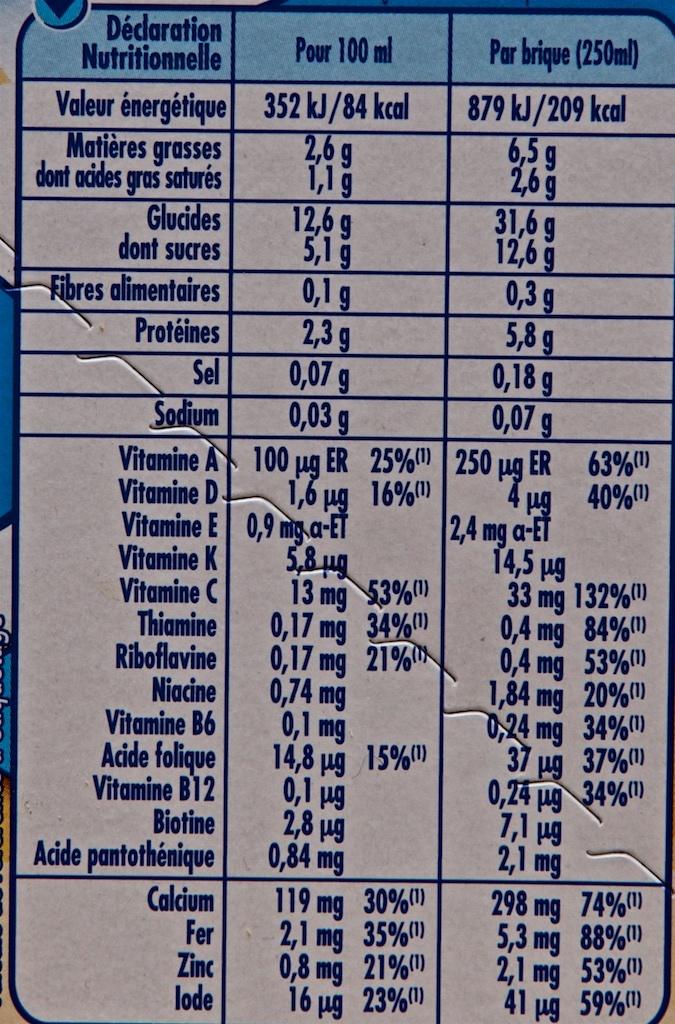
Déclaration Nutritionnelle
Valeur énergétique
Matières grasses dont acides gras saturés
Glucides
dont sucres
Fibres alimentaires
Protéines
Sel
Sodium
Vitamine A
Pour 100 ml
Thiamine
Riboflavine
Niacine
Vitamine B6
Acide folique
Vitamine B12
Biotine
Acide pantothénique
Calcium
Fer
Zinc
lode
352 kJ/84
2,6 g 1,1 g
12,6 g
5,1 g
0,1 g
2,3 g
0,07 g
0,03 g
Vitamine E 0,9 mg.a-ET
Vitamine K
Vitamine C
kcal
5,8 μg
13 mg 53%)
0,17 mg 34%
0,17 mg 21%
0,74 mg
100 µg ER 25%250 μg ER 63% 1,6 16%
ug 40%
0,1 mg
14,8 μg 15%
0,1 μg
2,8 μg
0,84 mg
Par brique (250ml)
879 kJ/209 kcal 6,59 2,6 g
119 mg 30%)
2,1 mg 35%
0,8 mg
21%
16 µg 23%
31,6 g
12,6 g
0,3 g
5,8 g
0,18 g
0,07 g
2,4 mg a-ET 14,5 μg
33 mg 132%)
0,4 mg 84%
0,4 mg 53%
1,84 mg 20%)
0,24 mg 34%) 37 μg 37%) 0,24 mg 34%)
7,1 μg 2,1 mg
298 mg 74%(¹)
5,3 mg 88%)
2,1 mg 53%) 41 µg 59%